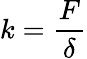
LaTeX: k={\frac{F}{\delta}}